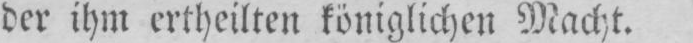
der ihm ertheilten königlichen Macht.